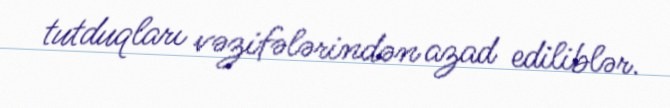
tutduqları vəzifələrindən azad ediliblər.